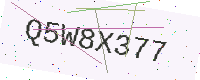
Text: Q5W8X377